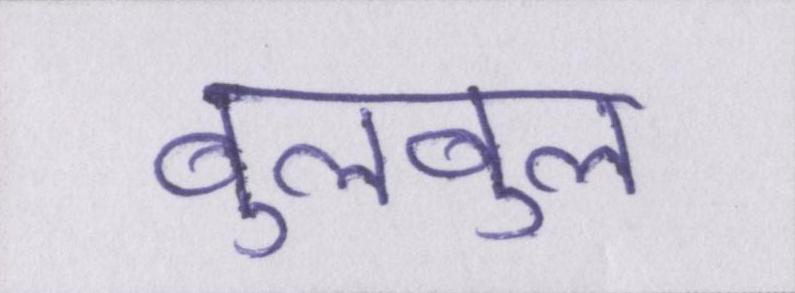
बुलबुल